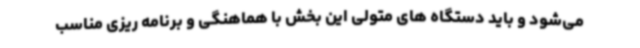
می‌شود و باید دستگاه های متولی این بخش با هماهنگی و برنامه ریزی مناسب